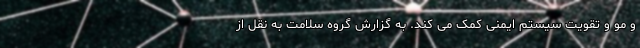
و مو و تقویت سیستم ایمنی کمک می کند. به گزارش گروه سلامت به نقل از